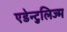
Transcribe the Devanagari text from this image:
एडेन्टुलिज्म